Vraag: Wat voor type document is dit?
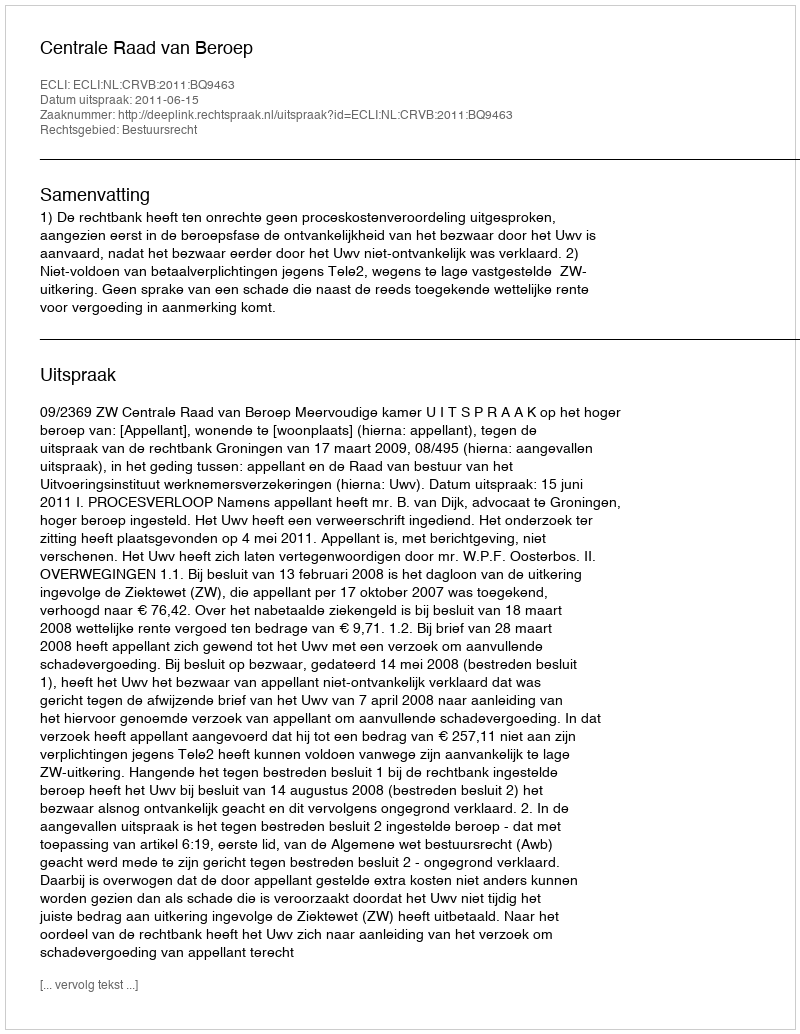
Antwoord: Uitspraak